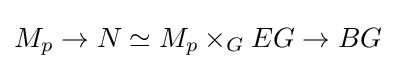
M_{p}\to N\simeq M_{p}\times _{G}EG\to BG